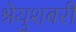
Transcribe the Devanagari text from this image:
श्रेयुशबरी